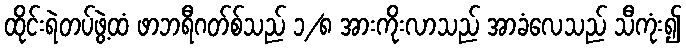
ထိုင်းရဲတပ်ဖွဲ့ထံ ဖာဘရီဂတ်စ်သည် ၁/၈ အားကိုးလာသည် အာခံလေသည် သီကုံး၍